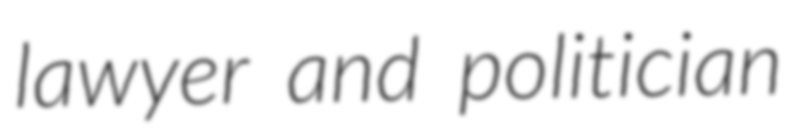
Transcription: lawyer and politician